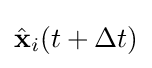
{\hat {\mathbf {x} }}_{i}(t+\Delta t)